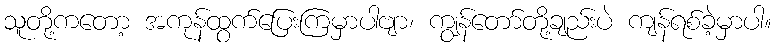
သူတို့ကတော့ အကုန်ထွက်ပြေးကြမှာပါဗျာ၊ ကျွန်တော်တို့ချည်းပဲ ကျန်ရစ်ခဲ့မှာပါ။